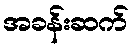
အခန်းဆက်